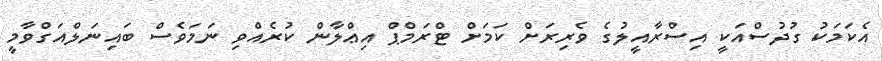
އެކަމަކު ގުދުސްއަކީ އިސްރާއީލުގެ ވެރިރަށް ކަމަށް ޓްރަމްޕް އިޢްލާން ކުރެއްވި ނަމަވެސް ބައިނަލްއަގްވާމީ